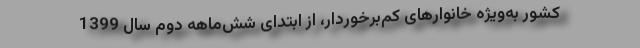
کشور به‌ویژه خانوارهای کم‌برخوردار، از ابتدای شش‌ماهه دوم سال 1399